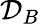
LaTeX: \mathcal{D}_{B}